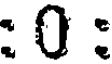
: 0 :